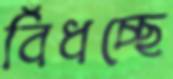
বিঁধচ্ছে